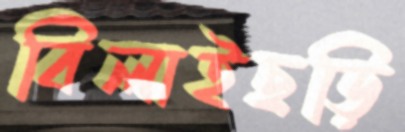
বিলাইছড়ি